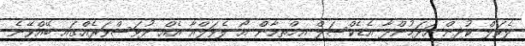
ލެވަލް ކުދިން ހަދަމުންދާ އެޑެކްސަލް އިމްތިހާން އޯ ލެވަލްއާ އެއް ދުވަސްވަރެއްގައި ބޭއްވޭނެ